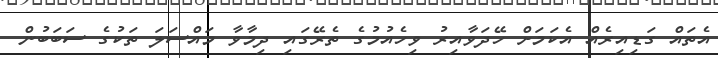
އެތައް ގަޑިއިރެއް އެކަމަށް ހޭދަވާއިރު ވިހެއުމުގެ ތެރޭގައި ދިމާވާ މައްސަލަ ތަކުގެ ސަބަބުން